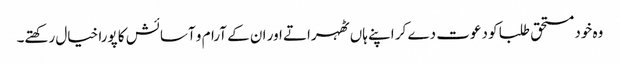
وہ خود مستحق طلبا کو دعوت دے کر اپنے ہاں ٹھہراتے اور ان کے آرام و آسائش کا پورا خیال رکھتے۔